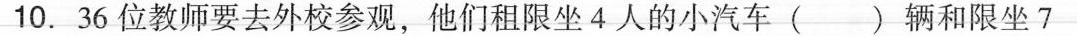
10.36位教师要去外校参观，他们租限坐4人的小汽车（）辆和限坐7